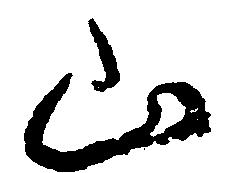
山